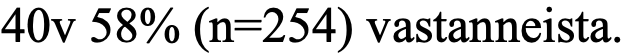
40v 58% (n=254) vastanneista.